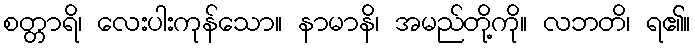
စတ္တာရိ၊ လေးပါးကုန်သော။ နာမာနိ၊ အမည်တို့ကို။ လဘတိ၊ ရ၏။